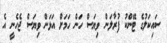
ސައިކަލުގެ ޓޭންކު ފުރާލަން ވިޔަސް ހަން ހަމަށް އަޅަން ވިޔަސް ޖެހެނީ އެ